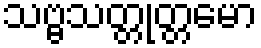
သဗ္ဗသတ္တုတ္တမော